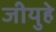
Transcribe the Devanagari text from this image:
जीयुहे